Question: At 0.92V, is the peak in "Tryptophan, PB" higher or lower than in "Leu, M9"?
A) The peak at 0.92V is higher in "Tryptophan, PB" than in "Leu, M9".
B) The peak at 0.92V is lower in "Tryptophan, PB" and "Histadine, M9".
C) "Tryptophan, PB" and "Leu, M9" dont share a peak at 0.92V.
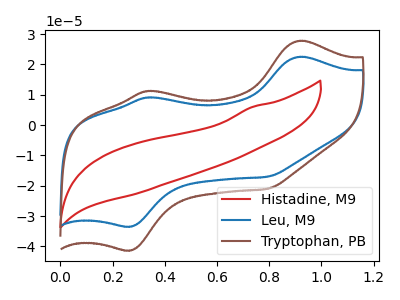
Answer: <think>The red curve "Histadine, M9" has no peaks. The blue curve "Leu, M9" has anodic peaks at (0.90V, 22.50uA) (0.35V, 9.15uA) and cathodic peaks at (0.25V, -33.45uA) (0.80V, -17.00uA). The brown curve "Tryptophan, PB" has anodic peaks at (0.90V, 27.80uA) (0.35V, 11.25uA) and cathodic peaks at (0.25V, -41.30uA) (0.80V, -21.00uA).</think>
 <answer>A) The peak at 0.92V is higher in "Tryptophan, PB" than in "Leu, M9".</answer>
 <eval>A</eval>